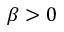
\beta > 0